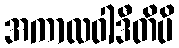
အကာလဝါဒီတိပိ